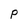
Character: P